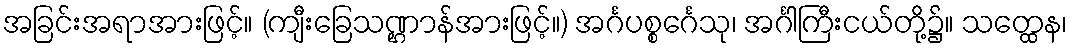
အခြင်းအရာအားဖြင့်။ (ကျီးခြေသဏ္ဌာန်အားဖြင့်။) အင်္ဂပစ္စင်္ဂေသု၊ အင်္ဂါကြီးငယ်တို့၌။ သတ္ထေန၊